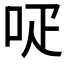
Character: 𠰊